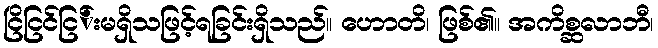
ငြိငြင်ငြ်းမရှိသဖြင့်ရခြင်းရှိသည်။ ဟောတိ၊ ဖြစ်၏။ အကိစ္ဆလာဘီ၊